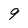
Character: 9